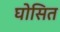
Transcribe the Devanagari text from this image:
घोसित